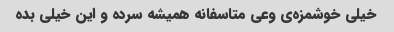
خیلی خوشمزه‌ی وعی متاسفانه همیشه سرده و این خیلی بده